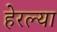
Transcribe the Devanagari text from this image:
हेरल्या